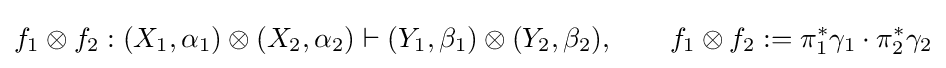
f_{1}\otimes f_{2}:(X_{1},\alpha _{1})\otimes (X_{2},\alpha _{2})\vdash (Y_{1},\beta _{1})\otimes (Y_{2},\beta _{2}),\qquad f_{1}\otimes f_{2}:=\pi _{1}^{*}\gamma _{1}\cdot \pi _{2}^{*}\gamma _{2}